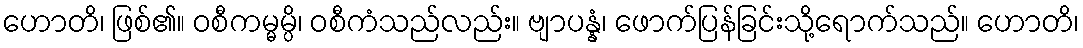
ဟောတိ၊ ဖြစ်၏။ ဝစီကမ္မမ္ပိ၊ ဝစီကံသည်လည်း။ ဗျာပန္နံ၊ ဖောက်ပြန်ခြင်းသို့ရောက်သည်။ ဟောတိ၊